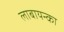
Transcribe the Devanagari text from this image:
लाबायन्का